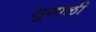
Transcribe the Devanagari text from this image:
सुगाळी